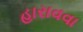
હારાવવા